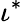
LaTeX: \iota^{*}